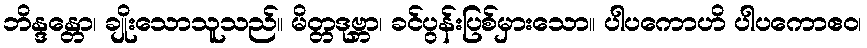
ဘိန္ဒန္တော၊ ချိုးသောသူသည်။ မိတ္တဒုဗ္ဘာ၊ ခင်ပွန်းပြစ်မှားသော။ ပါပကောဟိ ပါပကောဧဝ၊